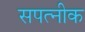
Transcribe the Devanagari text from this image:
सपत्‍नीक